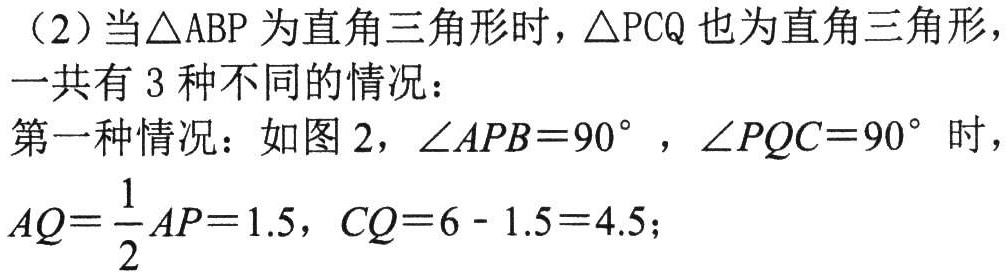
（2）当\(\triangle ABP\)为直角三角形时，\(\triangle PCQ\)也为直角三角形，一共有\(3\)种不同的情况：
第一种情况：如图 2，\(\angle APB = 90^{\circ}\)，\(\angle PQC = 90^{\circ}\)时，\(AQ=\frac{1}{2}AP = 1.5\)，\(CQ = 6 - 1.5 = 4.5\)；